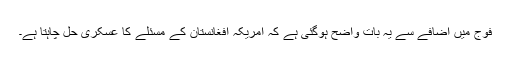
فوج میں اضافے سے یہ بات واضح ہوگئی ہے کہ امریکہ افغانستان کے مسئلے کا عسکری حل چاہتا ہے۔